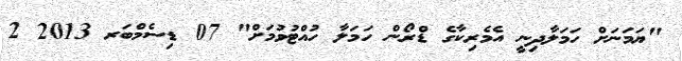
"ޔަމަނަށް ހަމަލާދިނީ އެމެރިކާގެ ޑްރޯން ހަމަލާ ހުއްޓުވުމަށް" 07 ޑިސެމްބަރ 2013 2